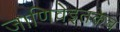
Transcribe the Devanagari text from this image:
जाणिवेइतकेच